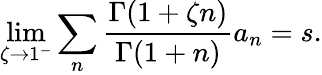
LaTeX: \operatorname*{lim}_{\zeta\rightarrow 1^{-}}\sum_{n}{\frac{\Gamma(1+\zeta n)}{\Gamma(1+n)}}a_{n}=s.